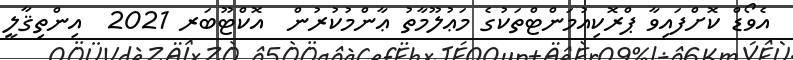
އެވޯޑް ކޮށްފައިވާ ޕްރޮކިއުމަންޓްތަކުގެ މަޢުލޫމާތު ޢާންމުކުރުން  އޮކްޓޫބަރ 2021  އިންތިޤާލީ